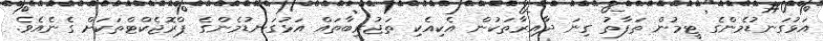
އަޅުގަނޑުމެންގެ ޓީމުން ތަފާތު ގިނަ ދާއިރާތަކުން އެކިއެކި ތަޖުރިބާތައް އަޅުގަނޑުމެންގެ ޕްރޮޖެކްޓްތަކަށް ގެނެއެވެ.